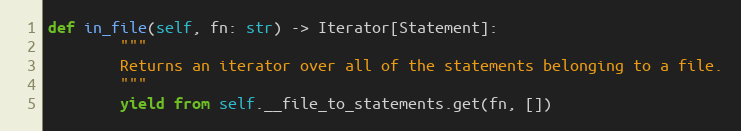
Language: Python
def in_file(self, fn: str) -> Iterator[Statement]:
        """
        Returns an iterator over all of the statements belonging to a file.
        """
        yield from self.__file_to_statements.get(fn, [])